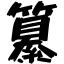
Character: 纂